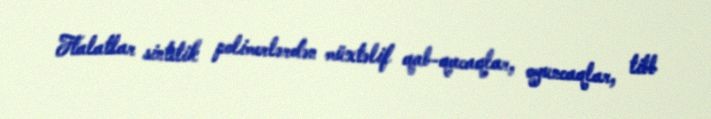
Ftalatlar sintetik polimerlərdən müxtəlif qab-qacaqlar, oyuncaqlar, tibb